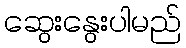
ဆွေးနွေးပါမည်